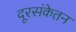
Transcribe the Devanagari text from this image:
दूरसंकेतन